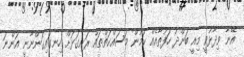
އޭނާ ވިދާޅުވީ މިއީ ބަންދު ހަފުތާއެއް ކަމުން މަސައްކަތްތައް ރަނގަޅަށް ހިނގައިގަންނާނީ އަންނަ